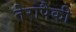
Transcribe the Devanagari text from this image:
तेरापैकी